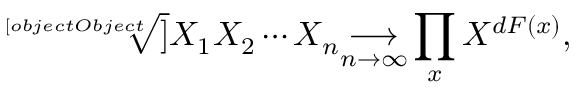
{ \sqrt [ [object Object] ] { X _ { 1 } X _ { 2 } \cdots X _ { n } } } { \underset { n \to \infty } { \longrightarrow } } \prod _ { x } X ^ { d F ( x ) } ,